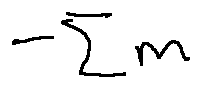
- \sum m